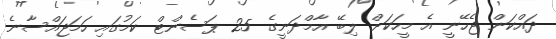
ދައްކަން ޖެހޭނީ އެ މީހަކަށް ލިބޭ އާމްދަނީގެ 25 ޕަސެންޓް ކަމުގައި ހަމަޖައްސާނެ